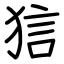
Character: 狺